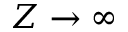
Z \rightarrow \infty